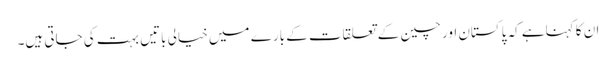
ان کا کہناہے کہ پاکستان اور چین کے تعلقات کے بارے میں خیالی باتیں بہت کی جاتی ہیں۔